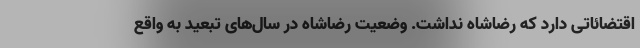
اقتضائاتی دارد که رضاشاه نداشت. وضعیت رضاشاه در سال‌های تبعید به واقع